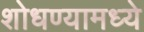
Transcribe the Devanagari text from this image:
शोधण्यामध्ये